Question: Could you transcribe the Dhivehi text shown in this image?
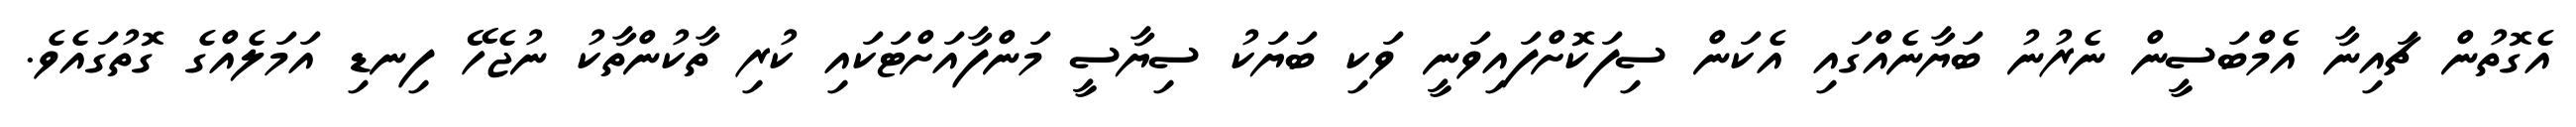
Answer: އެގޮތުން ޗައިނާ އެމްބަސީން ނެރުނު ބަޔާނެއްގައި އެކަން ސިފަކޮށްފައިވަނީ ވަކި ބަޔަކު ސިޔާސީ މަންފާއަށްޓަކައި ކުރި ތާކުންތާކު ނުޖެހޭ ފިނޑި އަމަލެއްގެ ގޮތުގައެވެ.